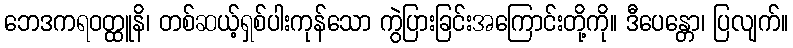
ဘေဒကရဝတ္ထူနိ၊ တစ်ဆယ့်ရှစ်ပါးကုန်သော ကွဲပြားခြင်းအကြောင်းတို့ကို။ ဒီပေန္တော၊ ပြလျက်။